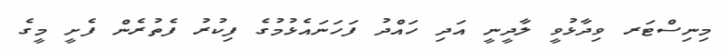
މިނިސްޓަރ ވިދާޅުވީ ލާދީނީ އަދި ހައްދު ފަހަނައެޅުމުގެ ފިކުރު ފެތުރެން ފެށީ މީގެ